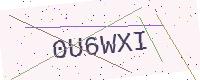
Text: 0U6WXI